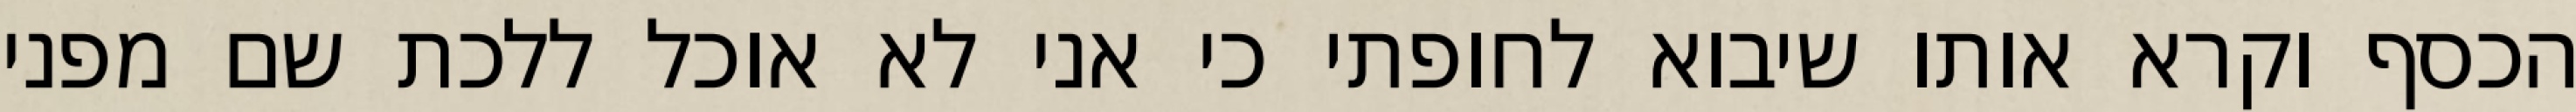
הכסף וקרא אותו שיבוא לחופתי כי אני לא אוכל ללכת שם מפני